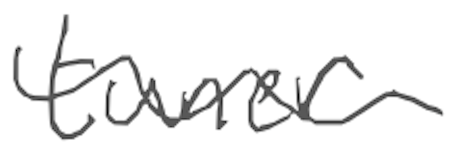
Text: tuner
Cross-out: wave
Writing tool: digital_gray